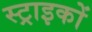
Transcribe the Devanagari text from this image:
स्ट्राइकों